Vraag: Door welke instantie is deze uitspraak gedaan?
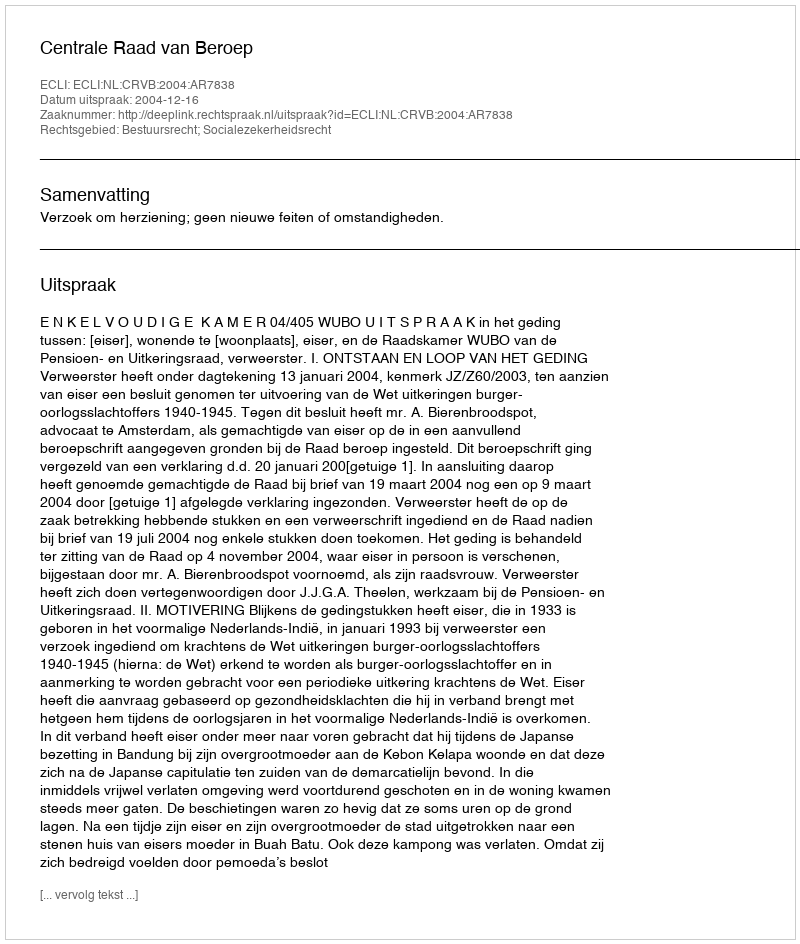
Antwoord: Centrale Raad van Beroep